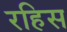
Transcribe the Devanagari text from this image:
रहिस